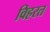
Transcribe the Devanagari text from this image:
विहरत